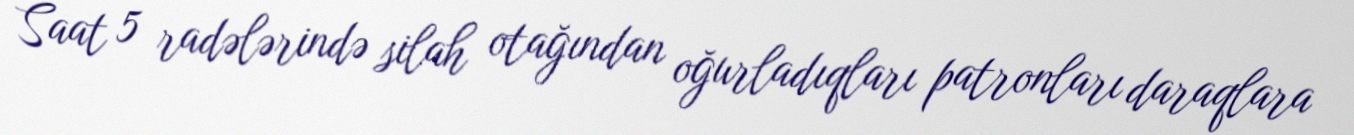
Saat 5 radələrində silah otağından oğurladıqları patronları daraqlara